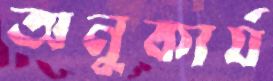
অনুকার্য